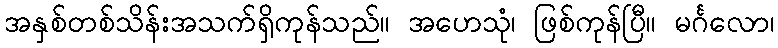
အနှစ်တစ်သိန်းအသက်ရှိကုန်သည်။ အဟေသုံ၊ ဖြစ်ကုန်ပြီ။ မင်္ဂလော၊